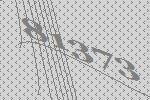
81373